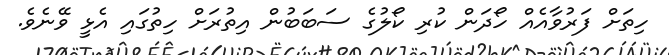
ހިތަށް ފަރުވާއެއް ހޯދަން ކުރި ކޯލުގެ ސަބަބުން އިތުރަށް ހިތުގައި އެޅީ ވޭނެވެ.